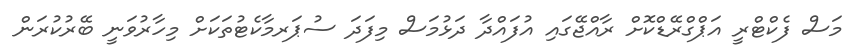
މަސް ފެކްޓްރީ އަޕްގްރޭޑްކޮށް ރާއްޖޭގައި އުފައްދާ ދަޅުމަސް މިފަދަ ސުޕަރމާކެޓުތަކަށް މިހާރުވަނީ ބޭރުކުރަން